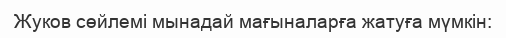
Жуков сөйлемі мынадай мағыналарға жатуға мүмкін: